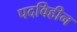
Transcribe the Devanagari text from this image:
पदविहीन